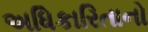
અધિકારિતાનો